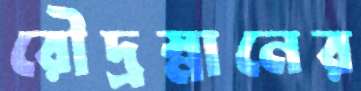
রৌদ্রস্নানের